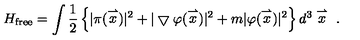
H _ { \mathrm { f r e e } } = \int \frac { 1 } { 2 } \left\{ | \pi ( \stackrel { \rightharpoonup } { x } ) | ^ { 2 } + | \bigtriangledown \varphi ( \stackrel { \rightharpoonup } { x } ) | ^ { 2 } + m | \varphi ( \stackrel { \rightharpoonup } { x } ) | ^ { 2 } \right\} d ^ { 3 } \stackrel { \rightharpoonup } { x } \ .